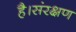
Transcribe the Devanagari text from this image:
है।संरक्षण